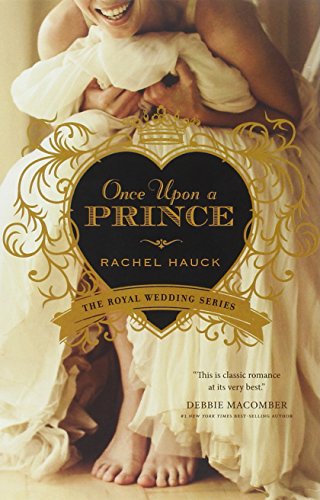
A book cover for Once Upon a Prince (Royal Wedding Series); Rachel Hauck; Literature & Fiction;